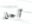
أجل